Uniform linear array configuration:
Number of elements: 24
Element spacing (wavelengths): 0.75
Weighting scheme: blackman
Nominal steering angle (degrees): -30
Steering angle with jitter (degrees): -30.151
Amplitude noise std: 0.05
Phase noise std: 0.05

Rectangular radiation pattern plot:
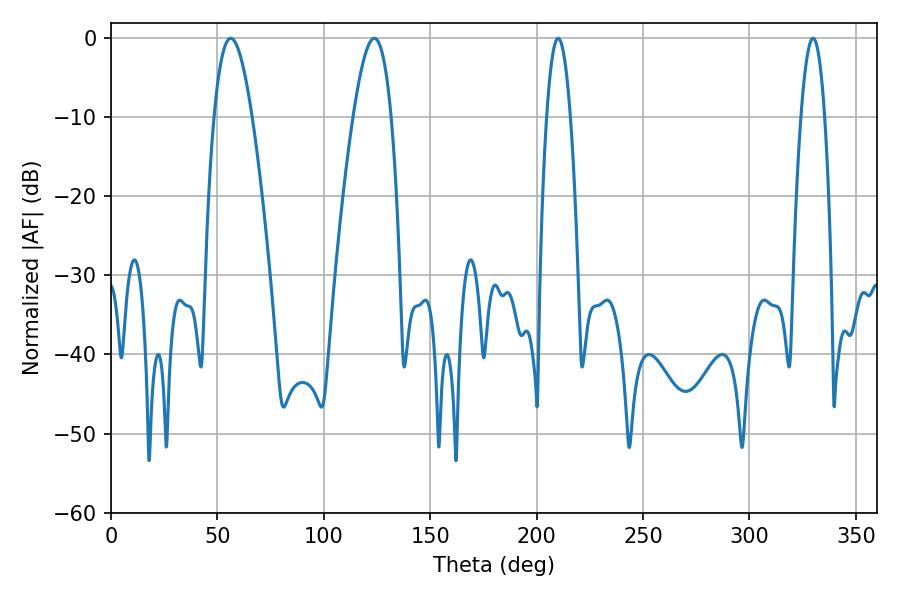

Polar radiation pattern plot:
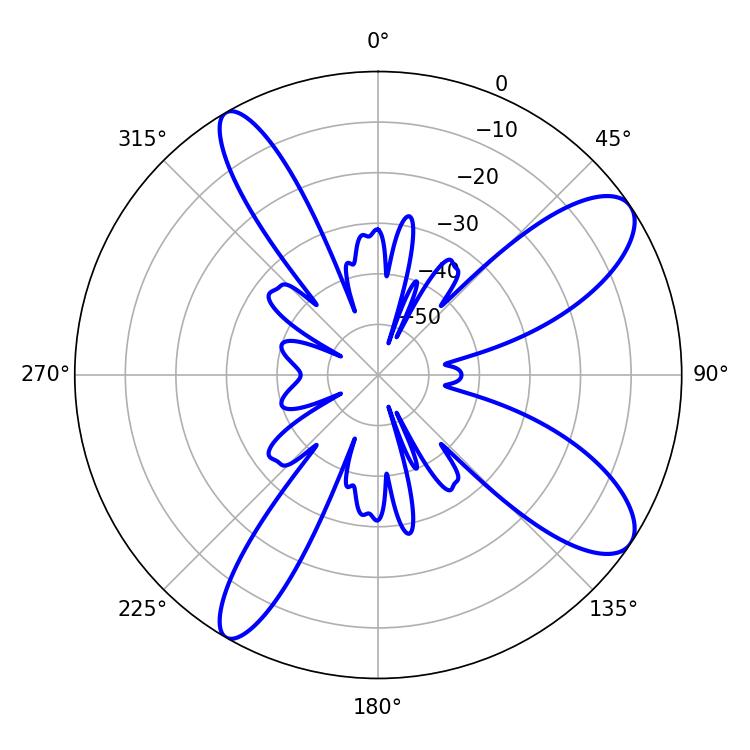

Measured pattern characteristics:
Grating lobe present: TRUE
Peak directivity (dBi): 10.209
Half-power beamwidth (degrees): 9.72
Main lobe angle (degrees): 56.34